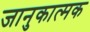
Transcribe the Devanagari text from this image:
जानुकात्मक